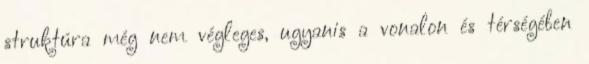
struktúra még nem végleges, ugyanis a vonalon és térségében